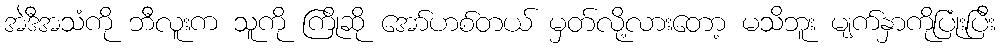
အဲဒီအသံကို ဘီလူးက သူကို ကြိုဆို အော်ဟစ်တယ် မှတ်လို့လားတော့ မသိဘူး မျက်နှာကိုပြုံးပြီး